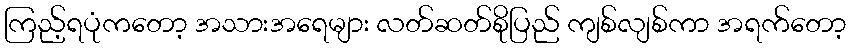
ကြည့်ရပုံကတော့ အသားအရေများ လတ်ဆတ်စိုပြည် ကျစ်လျစ်ကာ အရက်တော့